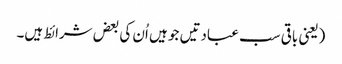
(یعنی باقی سب عبادتیں جو ہیں اُن کی بعض شرائط ہیں۔